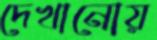
দেখানোয়